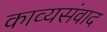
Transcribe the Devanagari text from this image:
काव्यसंवाद